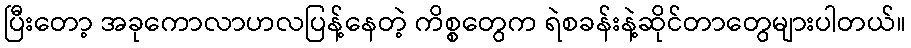
ပြီးတော့ အခုကောလာဟလပြန့်နေတဲ့ ကိစ္စတွေက ရဲစခန်းနဲ့ဆိုင်တာတွေများပါတယ်။